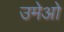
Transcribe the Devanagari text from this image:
उमेओ